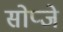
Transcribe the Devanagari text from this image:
सोप्जे